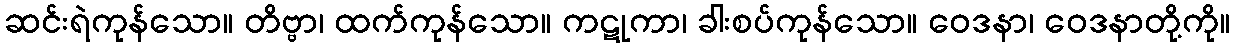
ဆင်းရဲကုန်သော။ တိဗ္ဗာ၊ ထက်ကုန်သော။ ကဋုကာ၊ ခါးစပ်ကုန်သော။ ဝေဒနာ၊ ဝေဒနာတို့ကို။